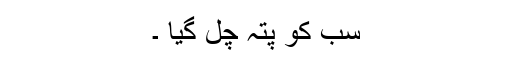
سب کو پتہ چل گیا ۔